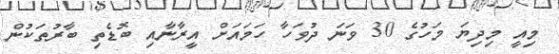
މިއީ މިދިޔަ މަހުގެ 30 ވަނަ ދުވަހާ ހަމައަށް އީރާނާއި ބޮޑެތި ބާރުތަކުން